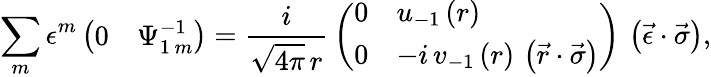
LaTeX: \sum_{m}{\epsilon^{m}}\left(\begin{array}{ll}{{0}}&{{\Psi_{1\, m}^{-1}}}\end{array}\right)={\frac{i}{\sqrt{4\pi}\, r}}\left(\begin{array}{ll}{{0}}&{{u_{-1}\left(r\right)}}\\ {{0}}&{{-i\, v_{-1}\left(r\right)\, \left(\vec{r}\cdot\vec{\sigma}\right)}}\end{array}\right)\, \left(\vec{\epsilon}\cdot\vec{\sigma}\right),